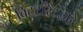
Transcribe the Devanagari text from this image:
बिटटॉरेंटद्वारे